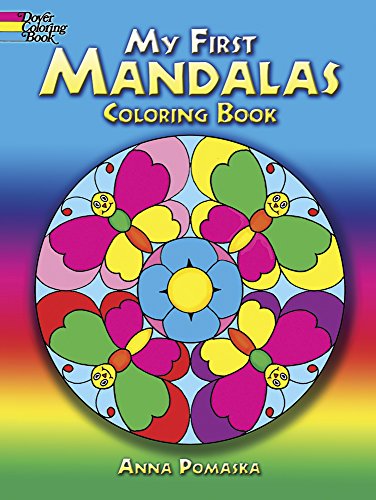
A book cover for My First Mandalas Coloring Book (Dover Coloring Books); Anna Pomaska; Arts & Photography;